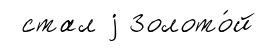
стал j Золото́й